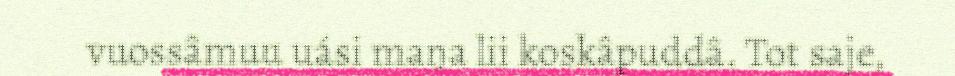
vuossâmuu uási maŋa lii koskâpuddâ. Tot saje,